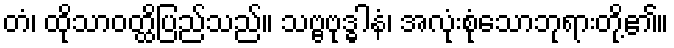
တံ၊ ထိုသာဝတ္ထိပြည်သည်။ သဗ္ဗဗုဒ္ဓါနံ၊ အလုံးစုံသောဘုရားတို့၏။